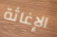
الإغاثة